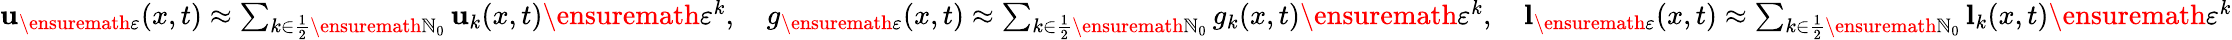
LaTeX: \begin{array}{r}{\mathbf{u}_{\ensuremath{\varepsilon}}(x,t)\approx\sum_{k\in\frac 12\ensuremath{\mathbb{N}}_{0}}\mathbf{u}_{k}(x,t)\ensuremath{\varepsilon}^{k},\quad g_{\ensuremath{\varepsilon}}(x,t)\approx\sum_{k\in\frac 12\ensuremath{\mathbb{N}}_{0}}g_{k}(x,t)\ensuremath{\varepsilon}^{k},\quad\mathbf{l}_{\ensuremath{\varepsilon}}(x,t)\approx\sum_{k\in\frac 12\ensuremath{\mathbb{N}}_{0}}\mathbf{l}_{k}(x,t)\ensuremath{\varepsilon}^{k}}\end{array}